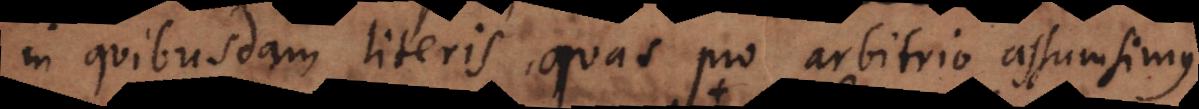
in quibusdam literis, quas pro arbitrio assumsimus,